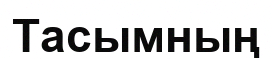
Тасымның